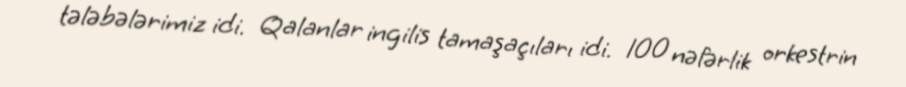
tələbələrimiz idi. Qalanlar ingilis tamaşaçıları idi. 100 nəfərlik orkestrin